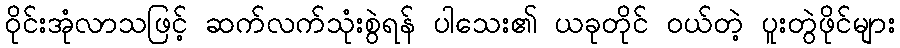
ဝိုင်းအုံလာသဖြင့် ဆက်လက်သုံးစွဲရန် ပါသေး၏ ယခုတိုင် ဝယ်တဲ့ ပူးတွဲဖိုင်များ